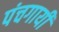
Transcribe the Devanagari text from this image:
पंचगायीं